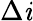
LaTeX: \Delta\mathit{i}